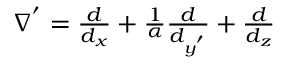
\begin{array} { r } { \nabla ^ { ' } = \frac { d } { d _ { x } } + \frac { 1 } { \alpha } \frac { d } { d _ { y ^ { ' } } } + \frac { d } { d _ { z } } } \end{array}